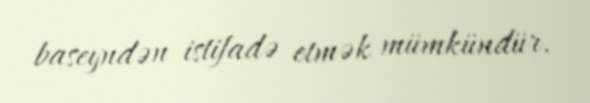
baseyndən istifadə etmək mümkündür.